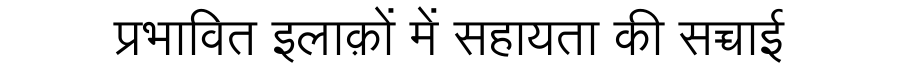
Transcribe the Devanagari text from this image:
प्रभावित इलाक़ों में सहायता की सच्चाई